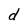
Character: d